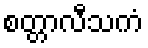
စတ္တာလီသကံ